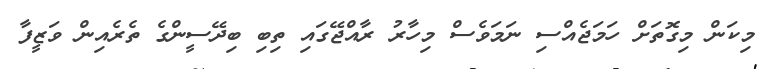
މިކަން މިގޮތަށް ހަމަޖެއްސި ނަމަވެސް މިހާރު ރާއްޖޭގައި ތިބި ބިދޭސީންގެ ތެރެއިން ވަޒީފާ